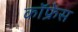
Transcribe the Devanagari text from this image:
कॉफ्रेंस